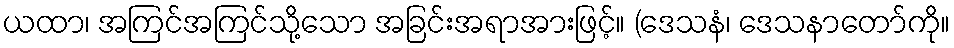
ယထာ၊ အကြင်အကြင်သို့သော အခြင်းအရာအားဖြင့်။ (ဒေသနံ၊ ဒေသနာတော်ကို။